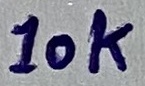
Text: 10k